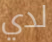
لدي